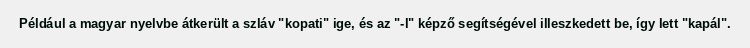
Például a magyar nyelvbe átkerült a szláv "kopati" ige, és az "-l" képző segítségével illeszkedett be, így lett "kapál".